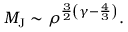
M _ { \mathrm { J } } \sim \rho ^ { { \frac { 3 } { 2 } } \left( \gamma - { \frac { 4 } { 3 } } \right) } .